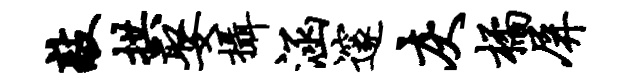
敲拱娶摄涵邃灰橘屏